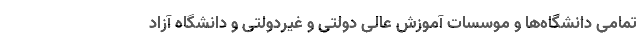
تمامی دانشگاه‌ها و موسسات آموزش عالی دولتی و غیردولتی و دانشگاه آزاد